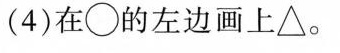
(4)在○的左边画上△。